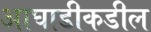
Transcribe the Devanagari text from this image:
आघाडीकडील